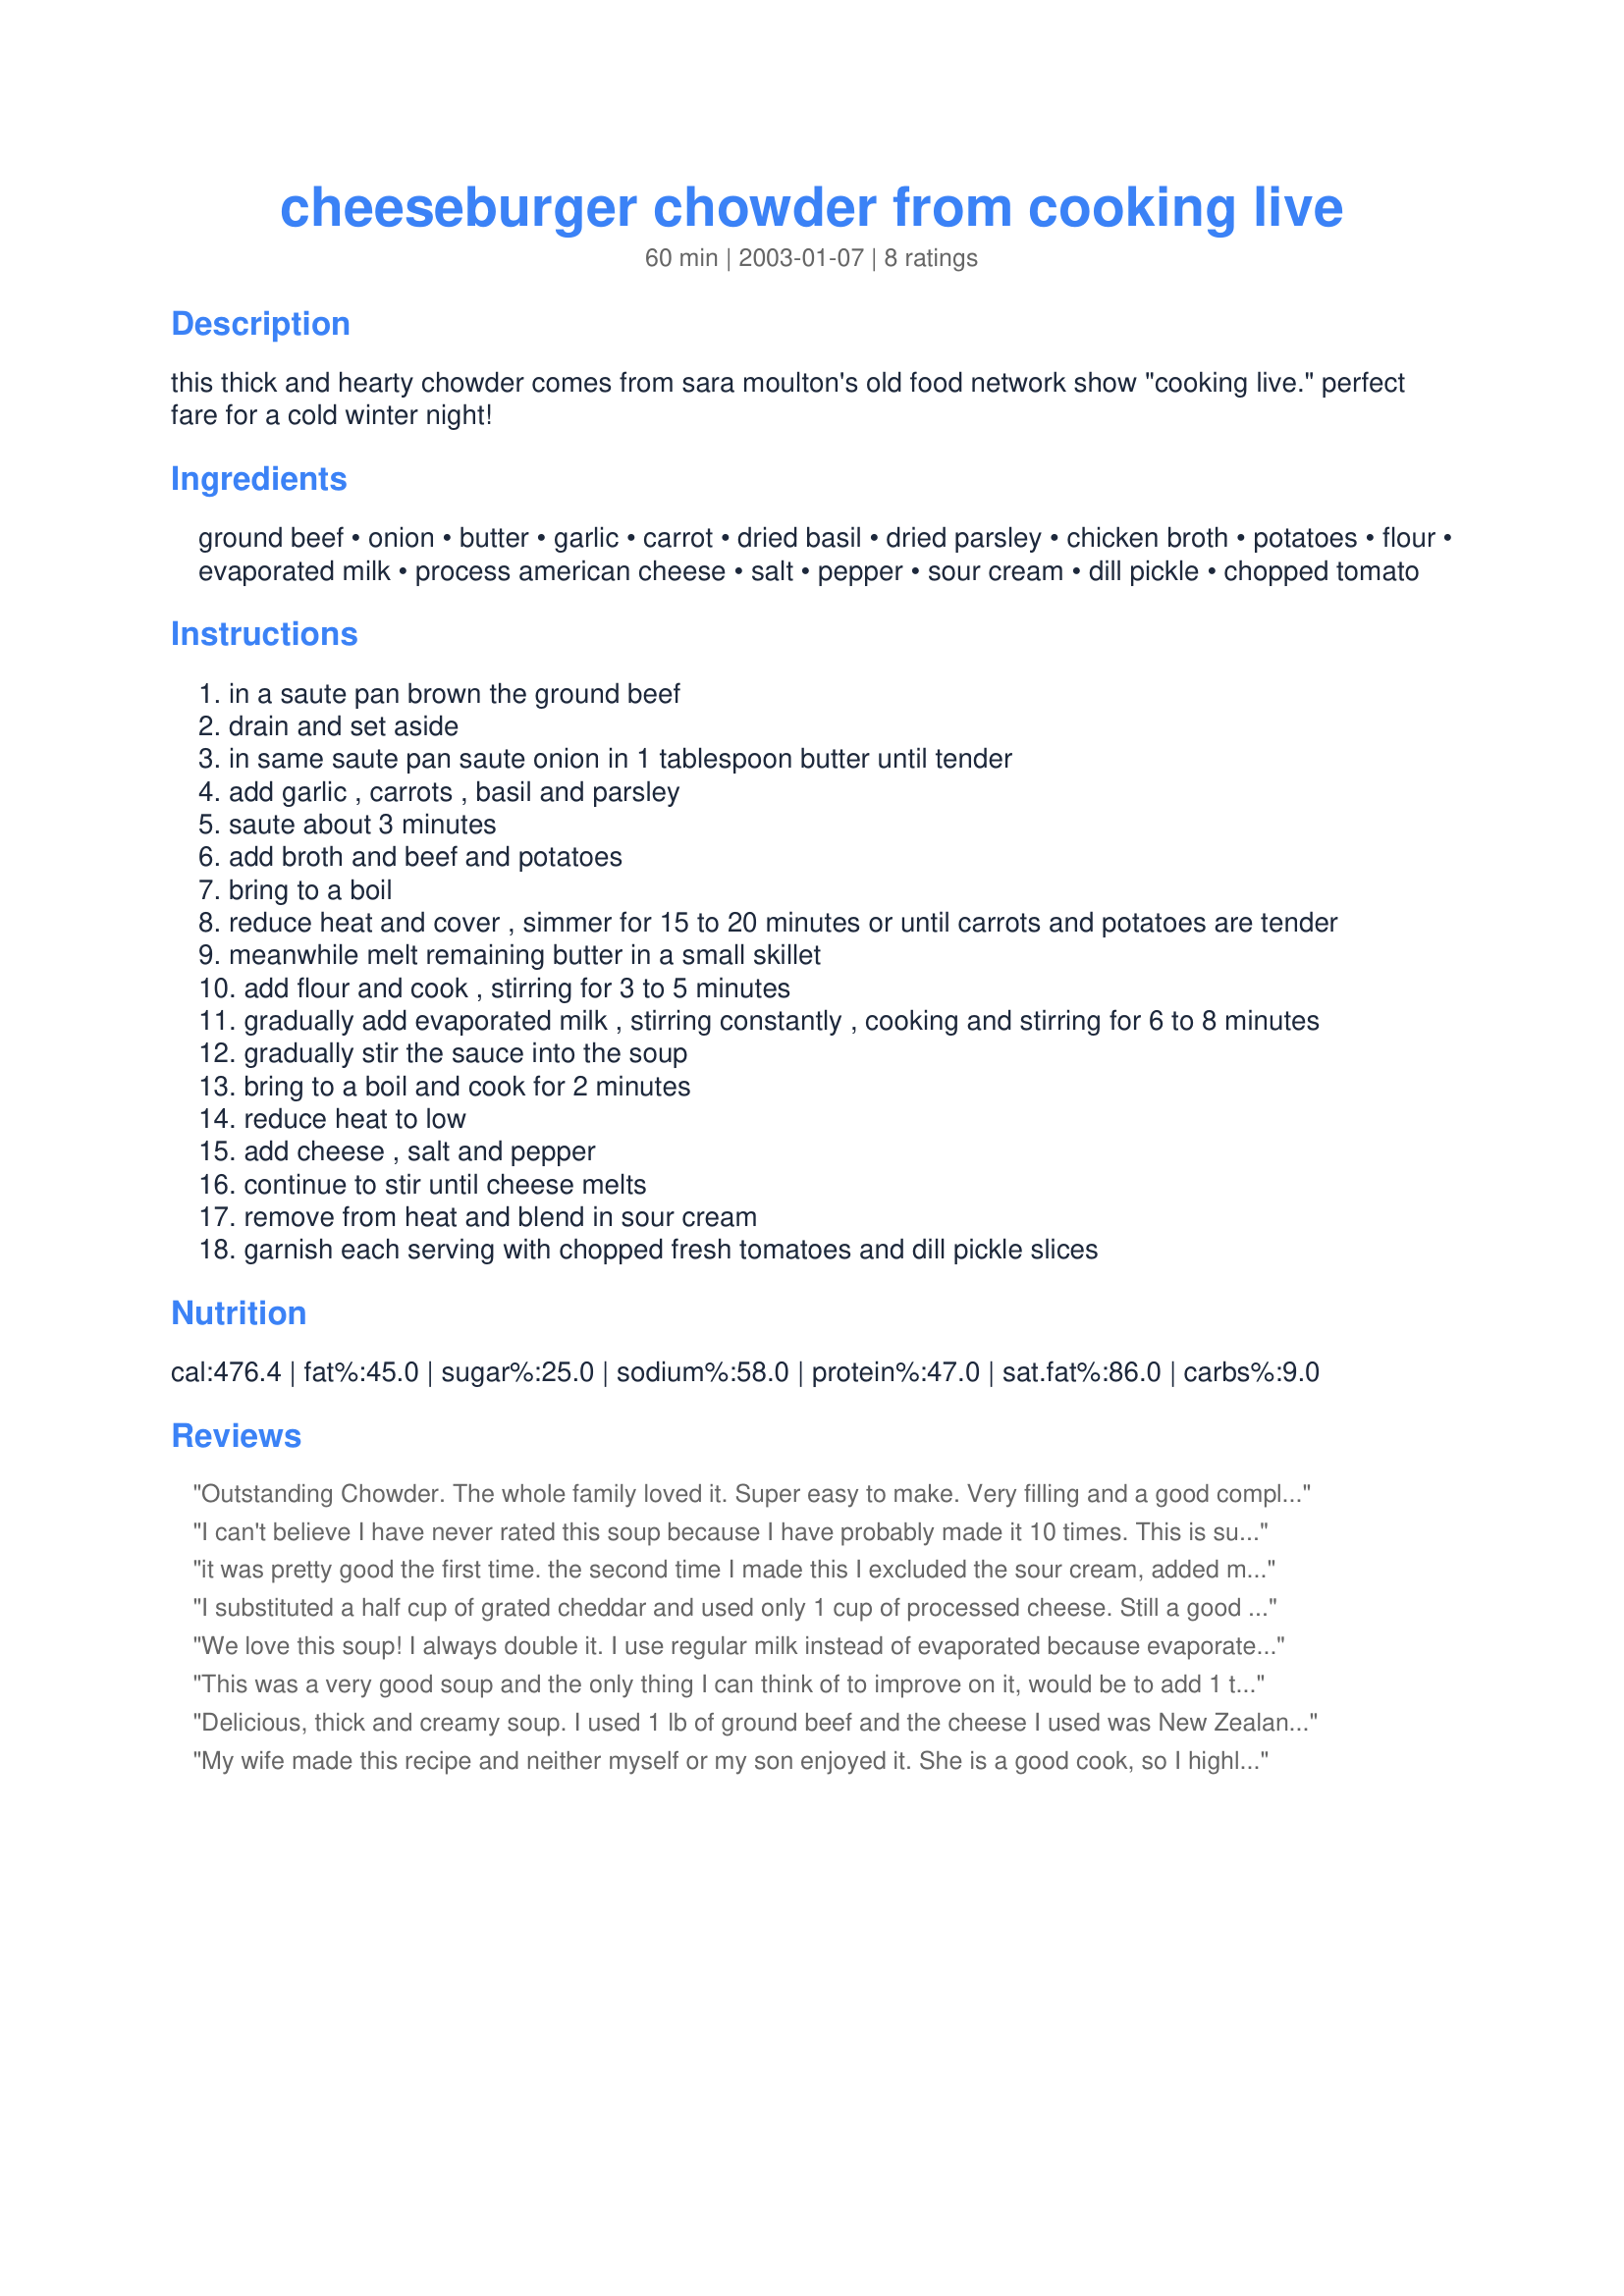
cheeseburger chowder from cooking live
Preparation time: 60 minutes

this thick and hearty chowder comes from sara moulton's old food network show "cooking live." perfect fare for a cold winter night!

Ingredients:
ground beef, onion, butter, garlic, carrot, dried basil, dried parsley, chicken broth, potatoes, flour, evaporated milk, process american cheese, salt, pepper, sour cream, dill pickle, chopped tomato

Steps:
in a saute pan brown the ground beef
drain and set aside
in same saute pan saute onion in 1 tablespoon butter until tender
add garlic , carrots , basil and parsley
saute about 3 minutes
add broth and beef and potatoes
bring to a boil
reduce heat and cover , simmer for 15 to 20 minutes or until carrots and potatoes are tender
meanwhile melt remaining butter in a small skillet
add flour and cook , stirring for 3 to 5 minutes
gradually add evaporated milk , stirring constantly , cooking and stirring for 6 to 8 minutes
gradually stir the sauce into the soup
bring to a boil and cook for 2 minutes
reduce heat to low
add cheese , salt and pepper
continue to stir until cheese melts
remove from heat and blend in sour cream
garnish each serving with chopped fresh tomatoes and dill pickle slices

Reviews:
Outstanding Chowder. The whole family loved it. Super easy to make. Very filling and a good compliment to the chowder was a fresh baked loaf of bread. We are looking forward to leftovers for lunch tommorow and will definetly be making this chowder again. Thank you for posting this recipe.
I can't believe I have never rated this soup because I have probably made it 10 times. This is such a GREAT soup! I modify it a bit for my family's taste by using onion powder instead of onions, no carrots and half-and-half instead of evaporated milk because that's what I keep on hand. In the winter, someone in my family requests this at least twice a month. It makes great leftovers too for lunches. I also add a few dashes of hot sauce and use shredded cheese instead of pickles for garnish. If we are Low(er) Carbing I leave out the potatoes and the flour. This is an easy, delicious, versatile recipe that I REALLY recommend trying!
it was pretty good the first time. the second time I made this I excluded the sour cream, added more onions, garlic, pepper, salt, and more beef. I was quite happy with the results along with the others in the house~!
I substituted a half cup of grated cheddar and used only 1 cup of processed cheese. Still a good soup.
We love this soup! I always double it. I use regular milk instead of evaporated because evaporated made it a little sweet. I use Velveeta and Tostito's brand Queso Cheese dip which melts very creamy! My kids like to sprinkle on a spoonful of dill pickle relish which makes it taste even more like a cheeseburger. This soup is great for lunch or supper on a cold winter day!
This was a very good soup and the only thing I can think of to improve on it, would be to add 1 teaspoon of dried dillweed to the potato/broth mixture for a little added taste. My husband has already planned his next meal with the leftover of this he liked it so well. We didn't have any carrots, so I added a cup of corn and a cup of broccoli cuts. I also used cheddar cheese instead of American because that's what I had on hand. We'll definitely be having this again...and again.
UPDATE 10/28/08 -- I made this again already (told you I would!) and I added 1 tsp of dill and that knocked this OUT OF THE PARK!
Delicious, thick and creamy soup.
I used 1 lb of ground beef and the cheese I used was New Zealands Chesdale brand (approx 250gram packet) Will definitely make this again, thanks for posting.
My wife made this recipe and neither myself or my son enjoyed it. She is a good cook, so I highly doubt that it was that. Others did like it though but it was not my style, but i would say it tasted what you would imagine that prison food tasted like. Thanks for the good try, and I hope others enjoy it.
